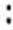
: